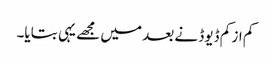
کم از کم ڈیوڈ نے بعد میں مجھے یہی بتایا۔